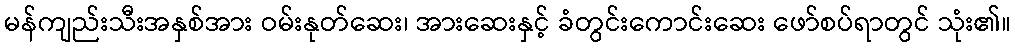
မန်ကျည်းသီးအနှစ်အား ဝမ်းနုတ်ဆေး၊ အားဆေးနှင့် ခံတွင်းကောင်းဆေး ဖော်စပ်ရာတွင် သုံး၏။